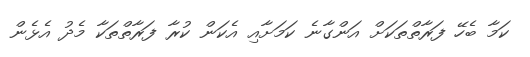
ކަމާ ބެހޭ ފަރާތްތަކަށް އަންގާނެ ކަމަށާއި އެކަން ކުރާ ފަރާތްތަކާ މެދު އެޅެން